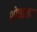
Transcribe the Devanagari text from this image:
शोचालय